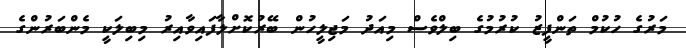
މަރުގެ ހުކުމް ތަންފީޒު ކުރުމުގެ ބިލްވެސް މިއަދު މަޖިލީހުން ބޭރުކޮށްލާފައިވާއިރު މިބިލަކީ މެންބަރުންގެ